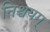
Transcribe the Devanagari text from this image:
निश्चयम्